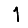
Digit: 1